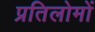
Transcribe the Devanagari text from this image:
प्रतिलोमों